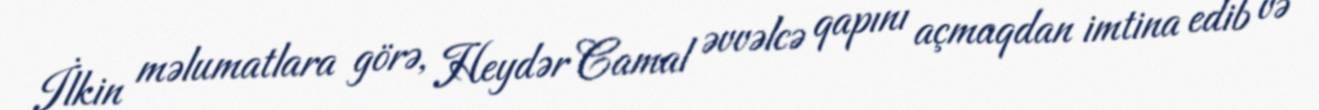
İlkin məlumatlara görə, Heydər Camal əvvəlcə qapını açmaqdan imtina edib və